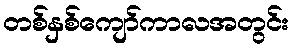
တစ်နှစ်ကျော်ကာလအတွင်း